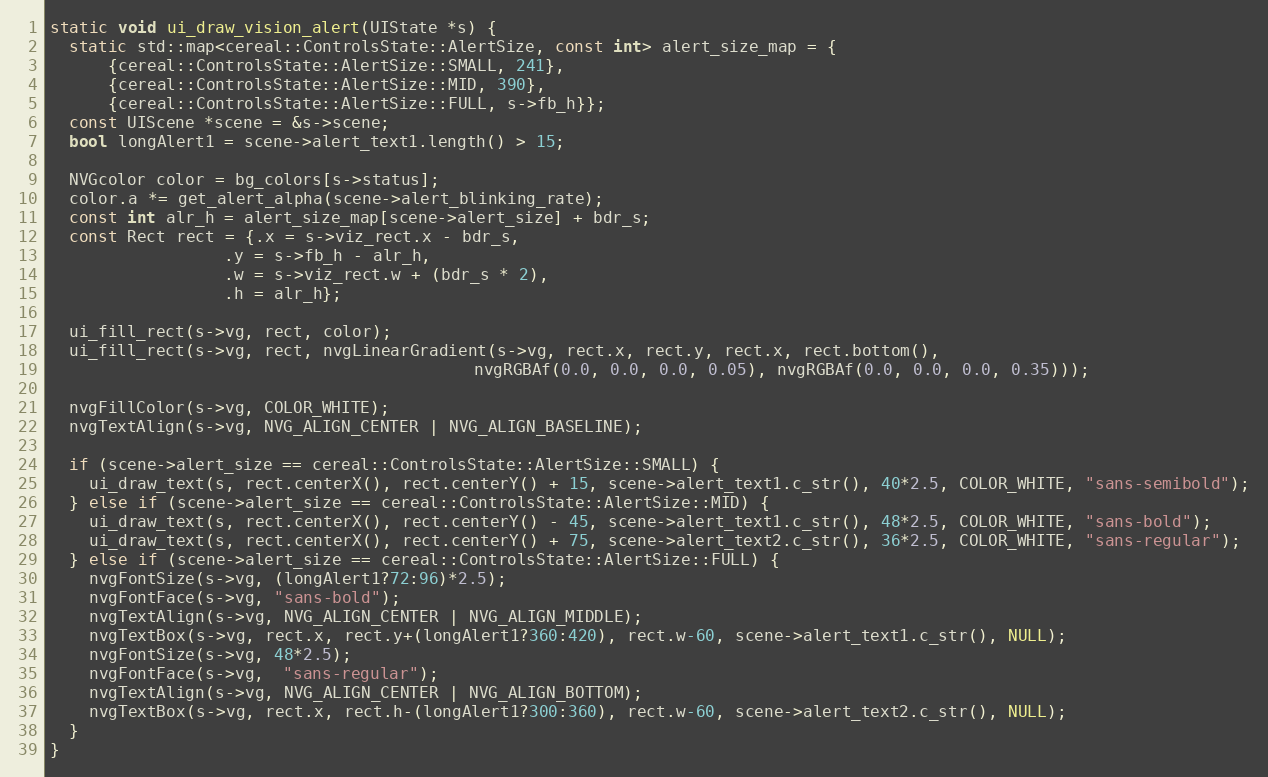
Language: C++
static void ui_draw_vision_alert(UIState *s) {
  static std::map<cereal::ControlsState::AlertSize, const int> alert_size_map = {
      {cereal::ControlsState::AlertSize::SMALL, 241},
      {cereal::ControlsState::AlertSize::MID, 390},
      {cereal::ControlsState::AlertSize::FULL, s->fb_h}};
  const UIScene *scene = &s->scene;
  bool longAlert1 = scene->alert_text1.length() > 15;

  NVGcolor color = bg_colors[s->status];
  color.a *= get_alert_alpha(scene->alert_blinking_rate);
  const int alr_h = alert_size_map[scene->alert_size] + bdr_s;
  const Rect rect = {.x = s->viz_rect.x - bdr_s,
                  .y = s->fb_h - alr_h,
                  .w = s->viz_rect.w + (bdr_s * 2),
                  .h = alr_h};

  ui_fill_rect(s->vg, rect, color);
  ui_fill_rect(s->vg, rect, nvgLinearGradient(s->vg, rect.x, rect.y, rect.x, rect.bottom(),
                                            nvgRGBAf(0.0, 0.0, 0.0, 0.05), nvgRGBAf(0.0, 0.0, 0.0, 0.35)));

  nvgFillColor(s->vg, COLOR_WHITE);
  nvgTextAlign(s->vg, NVG_ALIGN_CENTER | NVG_ALIGN_BASELINE);

  if (scene->alert_size == cereal::ControlsState::AlertSize::SMALL) {
    ui_draw_text(s, rect.centerX(), rect.centerY() + 15, scene->alert_text1.c_str(), 40*2.5, COLOR_WHITE, "sans-semibold");
  } else if (scene->alert_size == cereal::ControlsState::AlertSize::MID) {
    ui_draw_text(s, rect.centerX(), rect.centerY() - 45, scene->alert_text1.c_str(), 48*2.5, COLOR_WHITE, "sans-bold");
    ui_draw_text(s, rect.centerX(), rect.centerY() + 75, scene->alert_text2.c_str(), 36*2.5, COLOR_WHITE, "sans-regular");
  } else if (scene->alert_size == cereal::ControlsState::AlertSize::FULL) {
    nvgFontSize(s->vg, (longAlert1?72:96)*2.5);
    nvgFontFace(s->vg, "sans-bold");
    nvgTextAlign(s->vg, NVG_ALIGN_CENTER | NVG_ALIGN_MIDDLE);
    nvgTextBox(s->vg, rect.x, rect.y+(longAlert1?360:420), rect.w-60, scene->alert_text1.c_str(), NULL);
    nvgFontSize(s->vg, 48*2.5);
    nvgFontFace(s->vg,  "sans-regular");
    nvgTextAlign(s->vg, NVG_ALIGN_CENTER | NVG_ALIGN_BOTTOM);
    nvgTextBox(s->vg, rect.x, rect.h-(longAlert1?300:360), rect.w-60, scene->alert_text2.c_str(), NULL);
  }
}